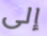
إلى